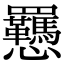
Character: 𫻥